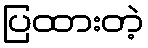
ပြထားတဲ့